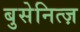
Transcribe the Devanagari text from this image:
बुसेनित्ज़